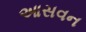
આસવન